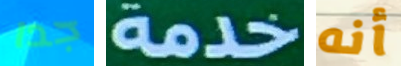
جدا خدمة أنه